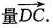
量 \overrightarrow{DC}.